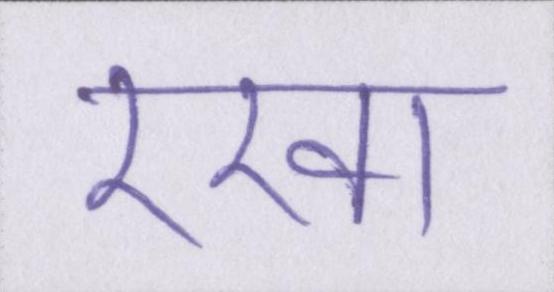
रखा